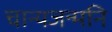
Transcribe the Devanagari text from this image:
चान्यजन्मनि